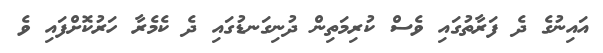
އައިނުގެ ދެ ފަރާތުގައި ވެސް ކުރިމަތިން ދުނިގަނޑުގައި ދެ ކެމެރާ ހަރުކޮށްފައި ވެ